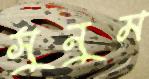
সুনুম